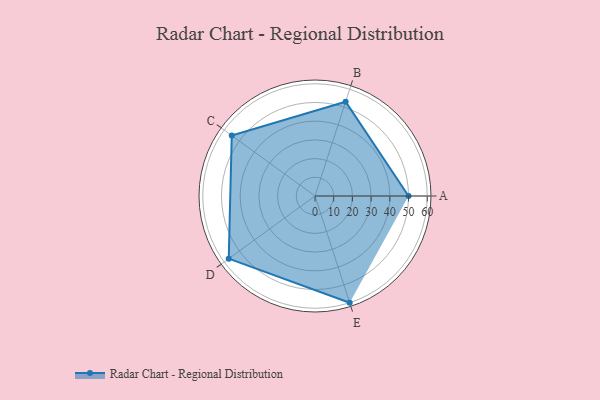
{"axis": {"x": "Skill", "y": "Score"}, "legend": ["Profile"], "data": [{"x": "A", "y": 50.0, "type": "Profile"}, {"x": "B", "y": 53.0, "type": "Profile"}, {"x": "C", "y": 55.0, "type": "Profile"}, {"x": "D", "y": 57.0, "type": "Profile"}, {"x": "E", "y": 60.0, "type": "Profile"}]}